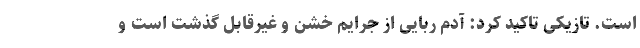
است. تازیکی تاکید کرد: آدم ربایی از جرایم خشن و غیرقابل گذشت است و